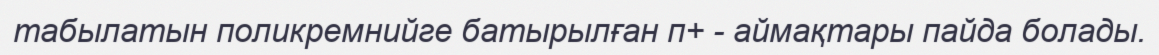
табылатын поликремнийге батырылған п+ - аймақтары пайда болады.